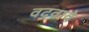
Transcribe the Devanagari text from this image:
वदवावे